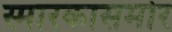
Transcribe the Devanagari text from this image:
स्मारकासमोर